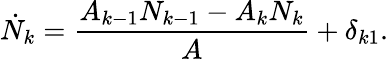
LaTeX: \dot{N}_{k}=\frac{A_{k-1}N_{k-1}-A_{k}N_{k}}{A}+\delta_{k1}.